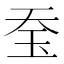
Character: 𤤋